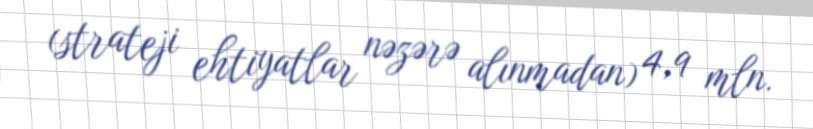
(strateji ehtiyatlar nəzərə alınmadan) 4,9 mln.